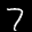
Label: 7